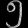
Digit: ၅